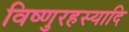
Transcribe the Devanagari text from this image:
विष्णुरहस्यादि